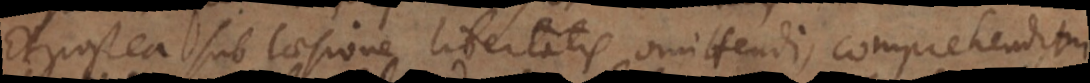
Et postea sub laesione potestatis omittendi, comprehendit